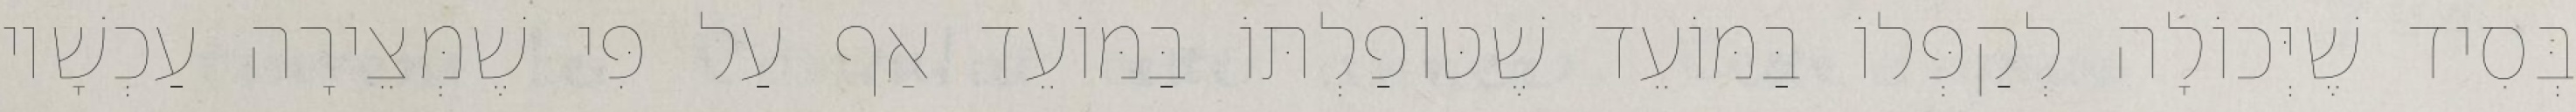
בְּסִיד שֶׁיְּכוֹלָה לְקַפְּלוֹ בַּמּוֹעֵד שֶׁטּוֹפַלְתּוֹ בַּמּוֹעֵד אַף עַל פִּי שֶׁמְּצֵירָה עַכְשָׁיו